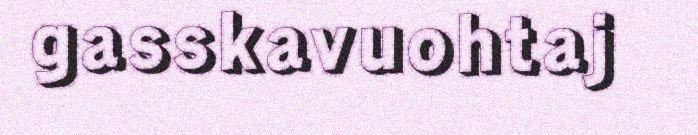
gasskavuohtaj